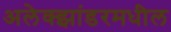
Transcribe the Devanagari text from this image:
अलेक्झांडरमधील